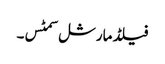
فیلڈ مارشل سمٹس۔